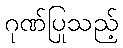
ဂုဏ်ပြုသည့်